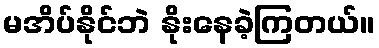
မအိပ်နိုင်ဘဲ နိုးနေခဲ့ကြတယ်။